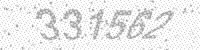
Solution: 331562